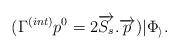
LaTeX: \begin{align*}(\Gamma^{(int)} p^0 = 2\overrightarrow{S_s}.\overrightarrow{p})|\Phi_\rangle.\end{align*}